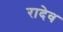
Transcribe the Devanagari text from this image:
रादेव